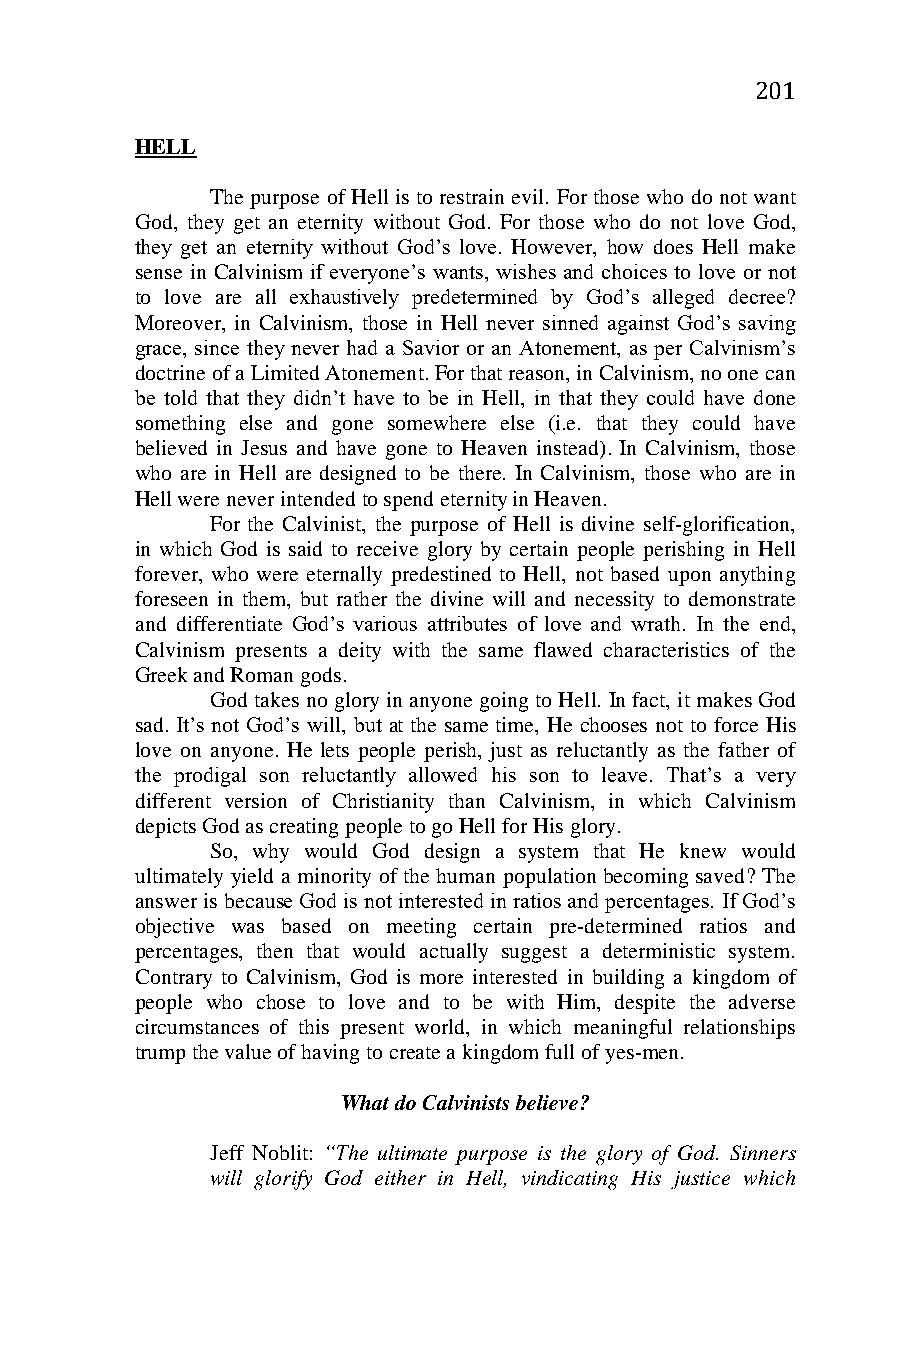
201
 HELL
 The purpose of Hell is to restrain evil. For those who do not want
 God, they get an eternity without God. For those who do not love God,
 they get an eternity without God’s love. However, how does Hell make
 sense in Calvinism if everyone’s wants, wishes and choices to love or not
 to love are all exhaustively predetermined by God’s alleged decree?
 Moreover, in Calvinism, those in Hell never sinned against God’s saving
 grace, since they never had a Savior or an Atonement, as per Calvinism’s
 doctrine of a Limited Atonement. For that reason, in Calvinism, no one can
 be told that they didn’t have to be in Hell, in that they could have done
 something else and gone somewhere else (i.e. that they could have
 believed in Jesus and have gone to Heaven instead). In Calvinism, those
 who are in Hell are designed to be there. In Calvinism, those who are in
 Hell were never intended to spend eternity in Heaven.
 For the Calvinist, the purpose of Hell is divine self-glorification,
 in which God is said to receive glory by certain people perishing in Hell
 forever, who were eternally predestined to Hell, not based upon anything
 foreseen in them, but rather the divine will and necessity to demonstrate
 and differentiate God’s various attributes of love and wrath. In the end,
 Calvinism presents a deity with the same flawed characteristics of the
 Greek and Roman gods.
 God takes no glory in anyone going to Hell. In fact, it makes God
 sad. It’s not God’s will, but at the same time, He chooses not to force His
 love on anyone. He lets people perish, just as reluctantly as the father of
 the prodigal son reluctantly allowed his son to leave. That’s a very
 different version of Christianity than Calvinism, in which Calvinism
 depicts God as creating people to go Hell for His glory.
 So, why would God design a system that He knew would
 ultimately yield a minority of the human population becoming saved? The
 answer is because God is not interested in ratios and percentages. If God’s
 objective was based on meeting certain pre-determined ratios and
 percentages, then that would actually suggest a deterministic system.
 Contrary to Calvinism, God is more interested in building a kingdom of
 people who chose to love and to be with Him, despite the adverse
 circumstances of this present world, in which meaningful relationships
 trump the value of having to create a kingdom full of yes-men.
 What do Calvinists believe?
 Jeff Noblit: “The ultimate purpose is the glory of God. Sinners
 will glorify God either in Hell, vindicating His justice which